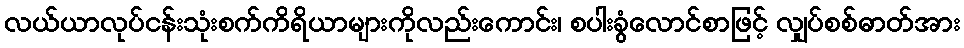
လယ်ယာလုပ်ငန်းသုံးစက်ကိရိယာများကိုလည်းကောင်း၊ စပါးခွံလောင်စာဖြင့် လျှပ်စစ်ဓာတ်အား